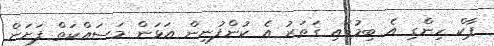
ޕާކް ހިންގި އެ ބިމުގައި ގަތަރު އެ ކުންފުނިން އަޅަން މަސައްކަތް ފަށަން